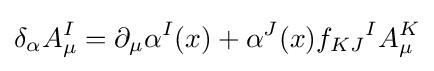
\delta _{\alpha }A_{\mu }^{I}=\partial _{\mu }\alpha ^{I}(x)+\alpha ^{J}(x)f_{KJ}{}^{I}A_{\mu }^{K}